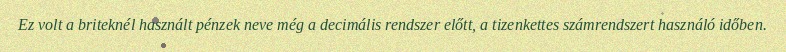
Ez volt a briteknél használt pénzek neve még a decimális rendszer előtt, a tizenkettes számrendszert használó időben.